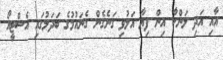
އާއި އަދި ލަންކާ އިން ފިޔާ އަލުވި ގަނެގެން ގެނައުމުގެ ބަދަލުގައި އެސްޓީއޯ